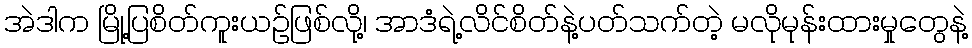
အဲဒါက မြို့ပြစိတ်ကူးယဉ်ဖြစ်လို့၊ အာဒံရဲ့လိင်စိတ်နဲ့ပတ်သက်တဲ့ မလိုမုန်းထားမှုတွေနဲ့